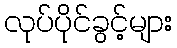
လုပ်ပိုင်ခွင့်များ